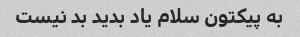
به پیکتون سلام یاد بدید بد نیست